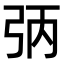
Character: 𪪻